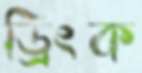
ড্রিংক